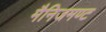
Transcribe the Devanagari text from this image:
मैनिजमण्ट